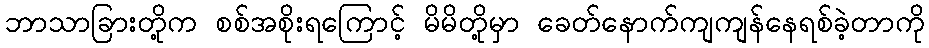
ဘာသာခြားတို့က စစ်အစိုးရကြောင့် မိမိတို့မှာ ခေတ်နောက်ကျကျန်နေရစ်ခဲ့တာကို